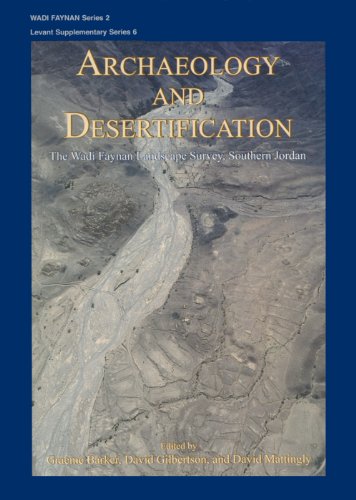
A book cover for Archaeology and Desertification: The Wadi Faynan Landscape Survey, Southern Jordan (Wadi Faynan Series Vol.2 / Levant Supplementary Vol. 6); Graeme Barker; History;